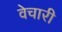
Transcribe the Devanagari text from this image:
वेचारी